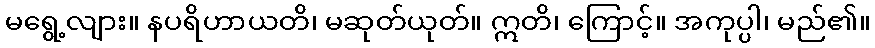
မရွေ့လျား။ နပရိဟာယတိ၊ မဆုတ်ယုတ်။ ဣတိ၊ ကြောင့်။ အကုပ္ပါ၊ မည်၏။